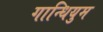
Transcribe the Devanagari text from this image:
गान्धियुम